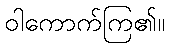
ဝါကောက်ကြ၏။